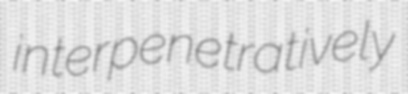
interpenetratively